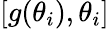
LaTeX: [g(\theta_{i}),\theta_{i}]